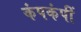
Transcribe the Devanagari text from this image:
कंपकंपीं